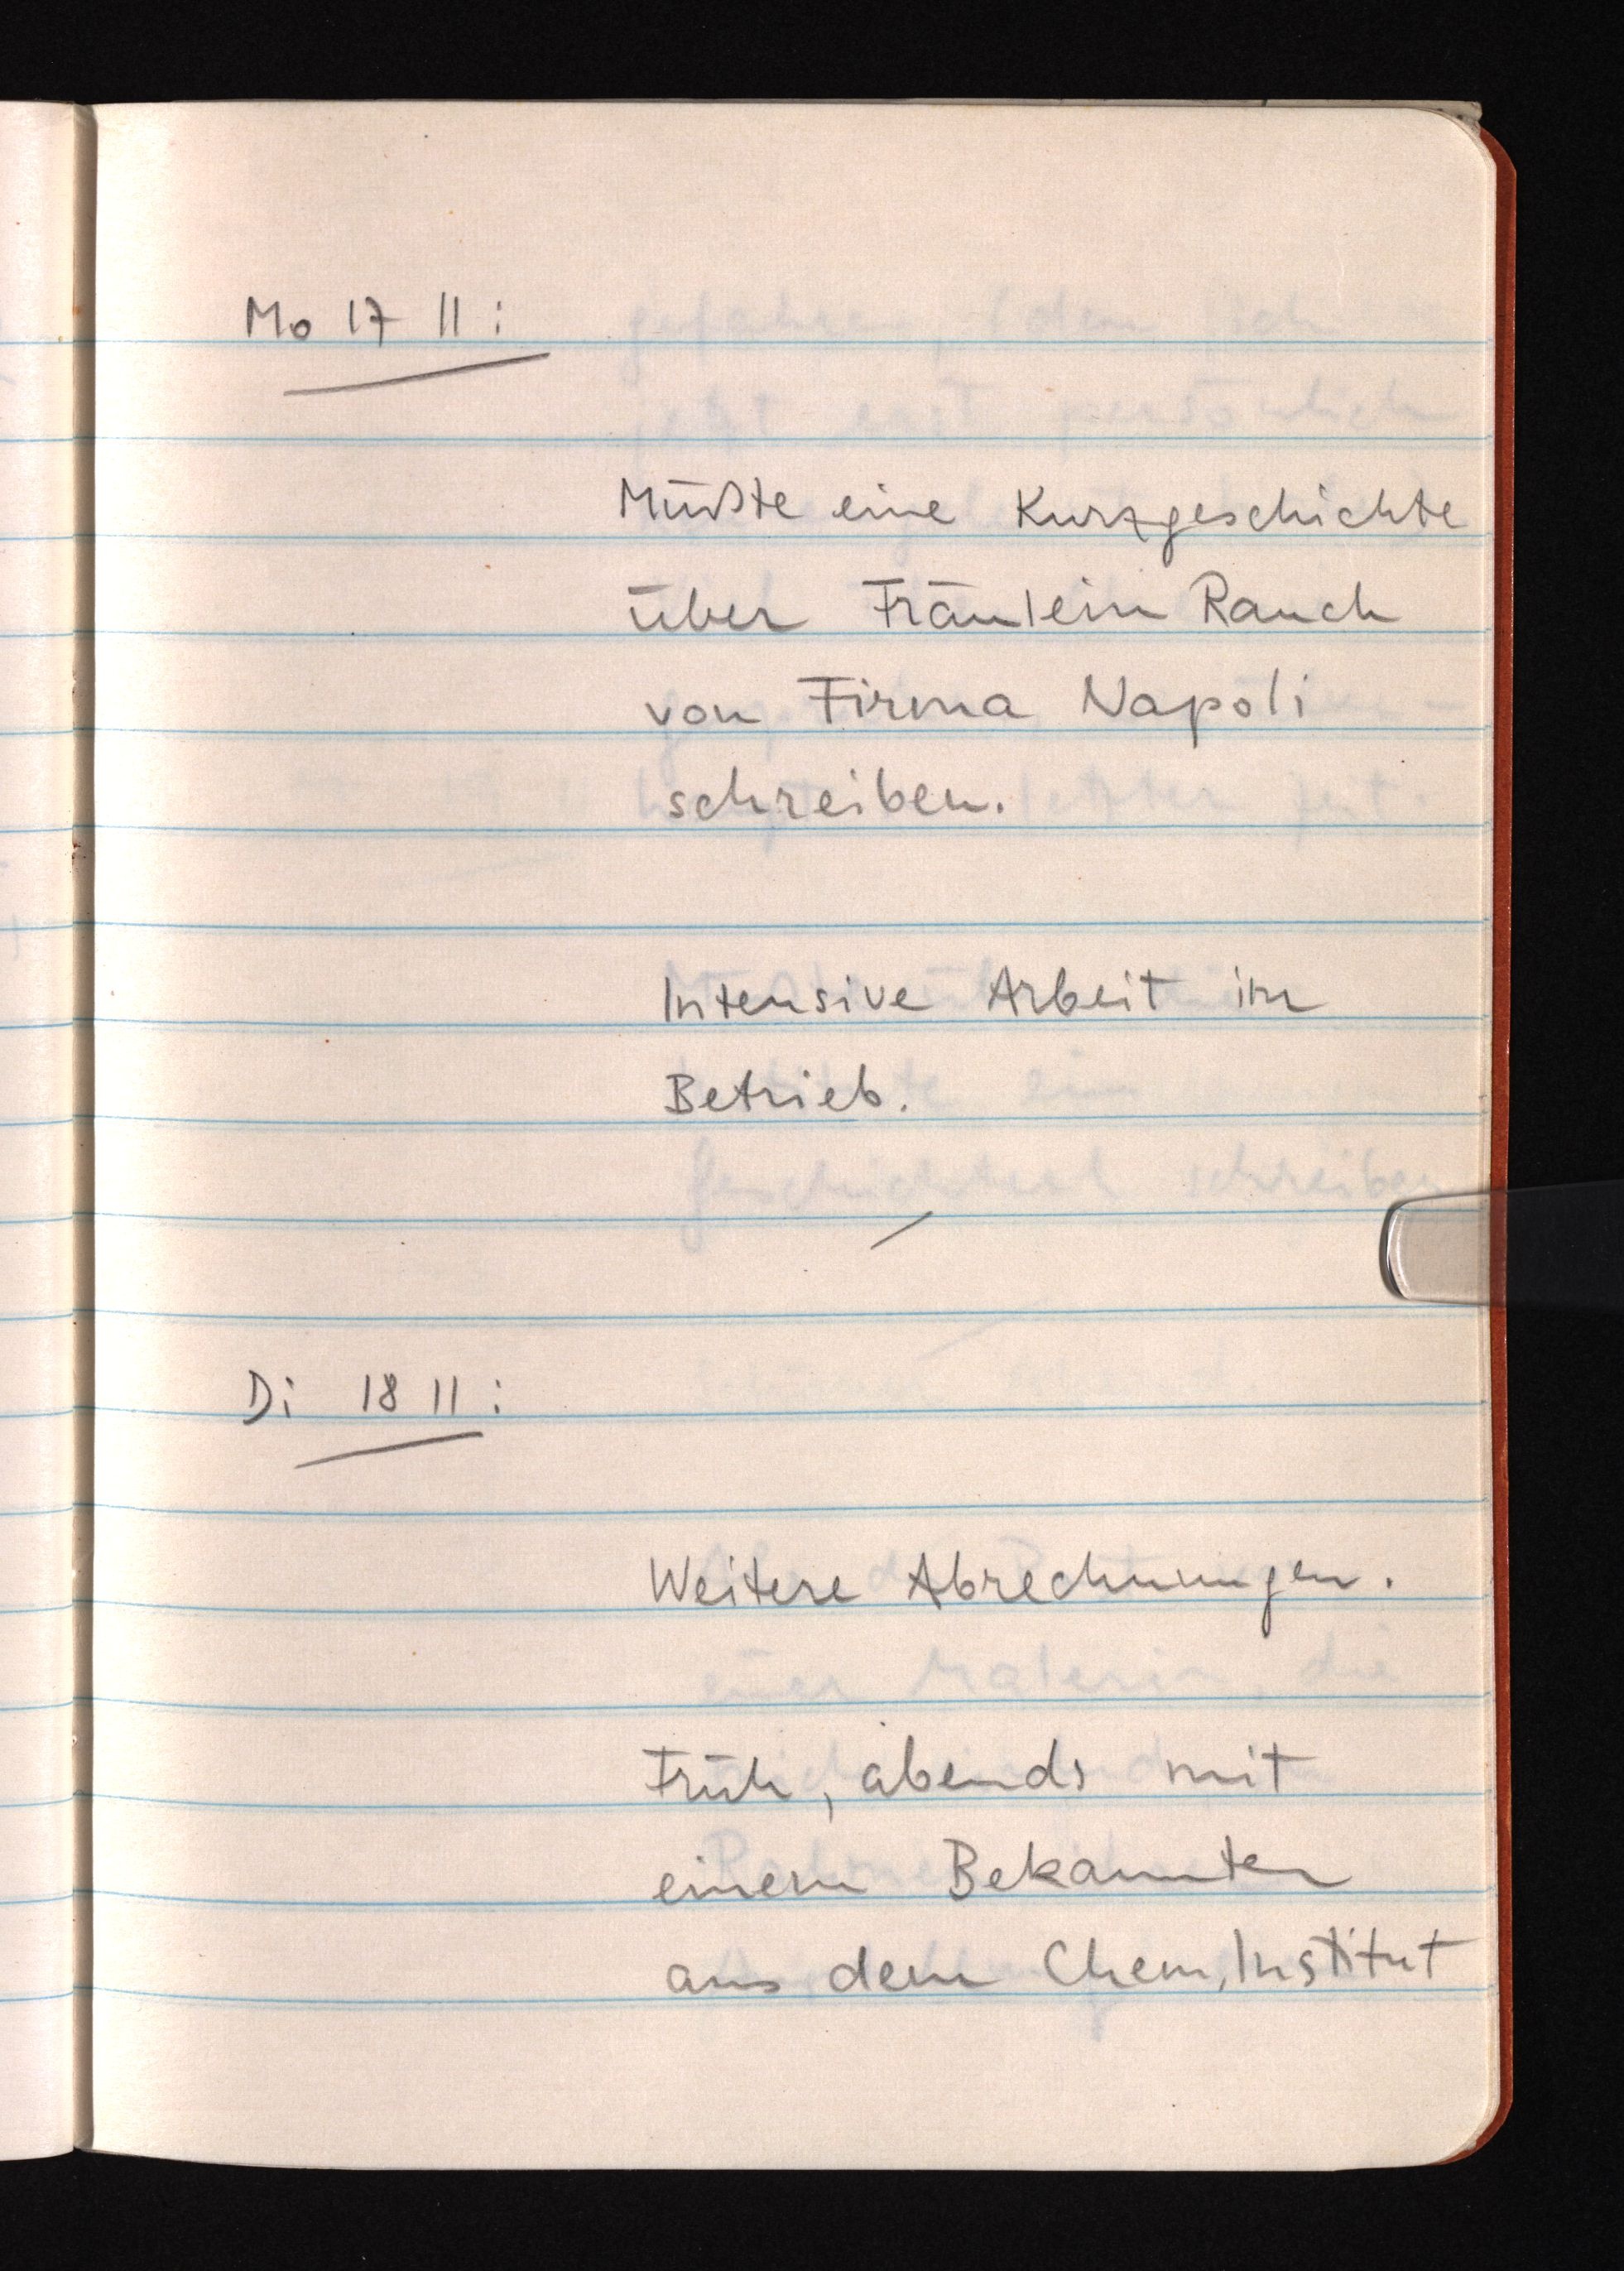
Mo 17 11:
Müßte eine Kurzgeschichte
über Fräulein Rauch
von Firma Napoli
schreiben.
Intensive Arbeit im
Betrieb.
Di 18 11:
Weitere Abrechnungen.
Früh, abends mit
einem Bekannten
aus dem Chem. Institut